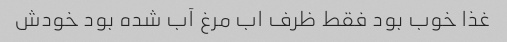
غذا خوب بود فقط ظرف اب مرغ آب شده بود خودش